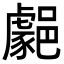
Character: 𨞦